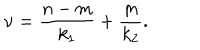
LaTeX: \mathrm { \ n u } = \frac { n - m } { k _ { 1 } } + \frac { m } { k _ { 2 } } .